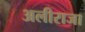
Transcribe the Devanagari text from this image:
अलीराजा